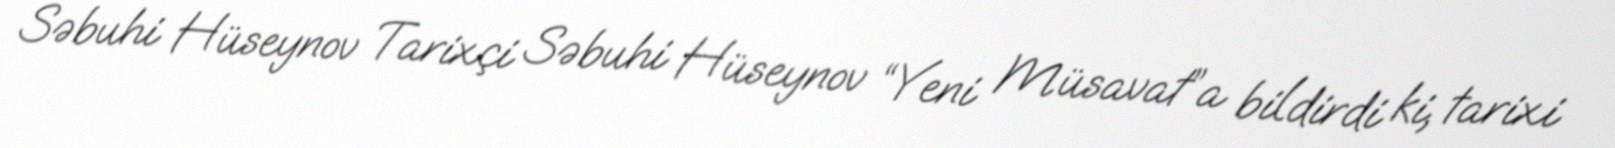
Səbuhi Hüseynov Tarixçi Səbuhi Hüseynov “Yeni Müsavat”a bildirdi ki, tarixi